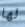
لها